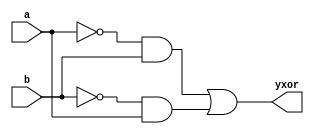
module ex01(yxor, a, b);
  input a, b;
  output yxor;
  wire  a, b;
  wire yxor;
  wire w0, w1, w2, w3;
  not g0 (w0, a);
  not g1 (w1, b);
  and g2 (w2, w0, b);
  and g3 (w3, w1, a);
  or g4 (yxor, w2, w3);
endmodule